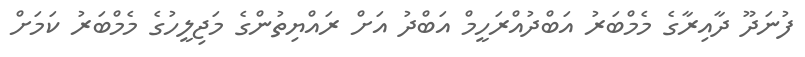
ފުނަދޫ ދާއިރާގެ މެމްބަރު އަބްދުއްރަހީމް އަބްދު އަށް ރައްޔިތުންގެ މަޖިލީހުގެ މެމްބަރު ކަމަށް